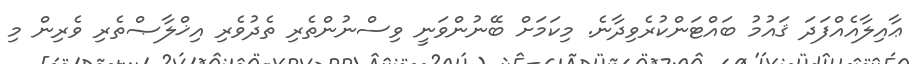
ޢާއިލާއެއްފަދަ ޤައުމު ބައްޓަންކުރެވިދާނެ. މިކަމަށް ބޭނުންވަނީ ވިސްނުންތެރި ތެދުވެރި އިޚްލާޞްތެރި ވެރިން މި